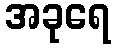
အခုရေ